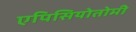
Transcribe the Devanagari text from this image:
एपिसियोतोमी